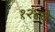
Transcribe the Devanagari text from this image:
१२४वे